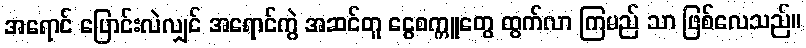
အရောင် ပြောင်းလဲလျှင် အရောင်ကွဲ အဆင်တူ ငွေစက္ကူတွေ ထွက်လာ ကြမည် သာ ဖြစ်လေသည်။